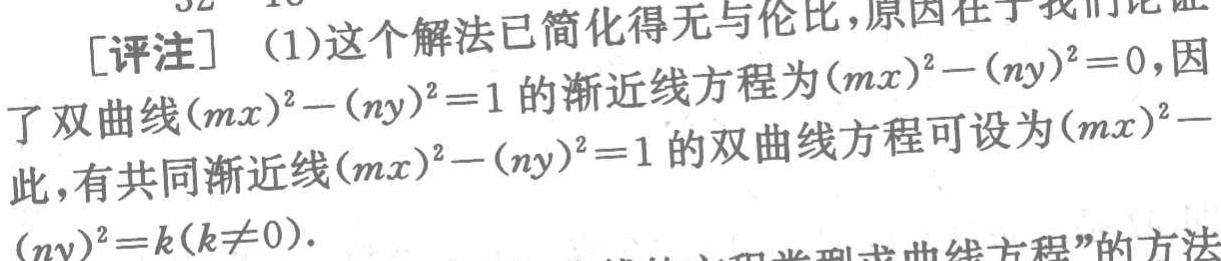
[评注] (1)这个解法已简化得无与伦比，原因在于我们论证

了双曲线\((mx)^{2}-(ny)^{2}=1\)的渐近线方程为\((mx)^{2}-(ny)^{2}=0\)，因

此，有共同渐近线\((mx)^{2}-(ny)^{2}=1\)的双曲线方程可设为\((mx)^{2}-

(ny)^{2}=k(k\neq0)\).